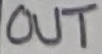
Text: OUT